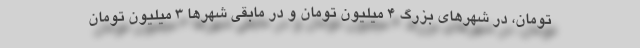
تومان، در شهر‌های بزرگ ۴ میلیون تومان و در مابقی شهر‌ها ۳ میلیون تومان